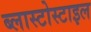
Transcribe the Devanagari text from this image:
ब्लास्टोस्टाइल